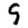
Digit: 9